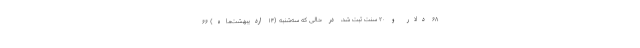
۶۸ دلار و ۲۰ سنت ثبت شد، در حالی‌ که سه‌شنبه (۱۴ اردیبهشت‌ماه) ۶۶